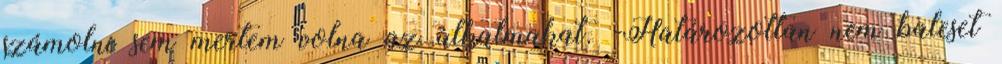
számolni sem mertem volna az alkalmakat. -Határozottan nem baleset